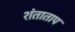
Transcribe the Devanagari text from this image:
शंताताप